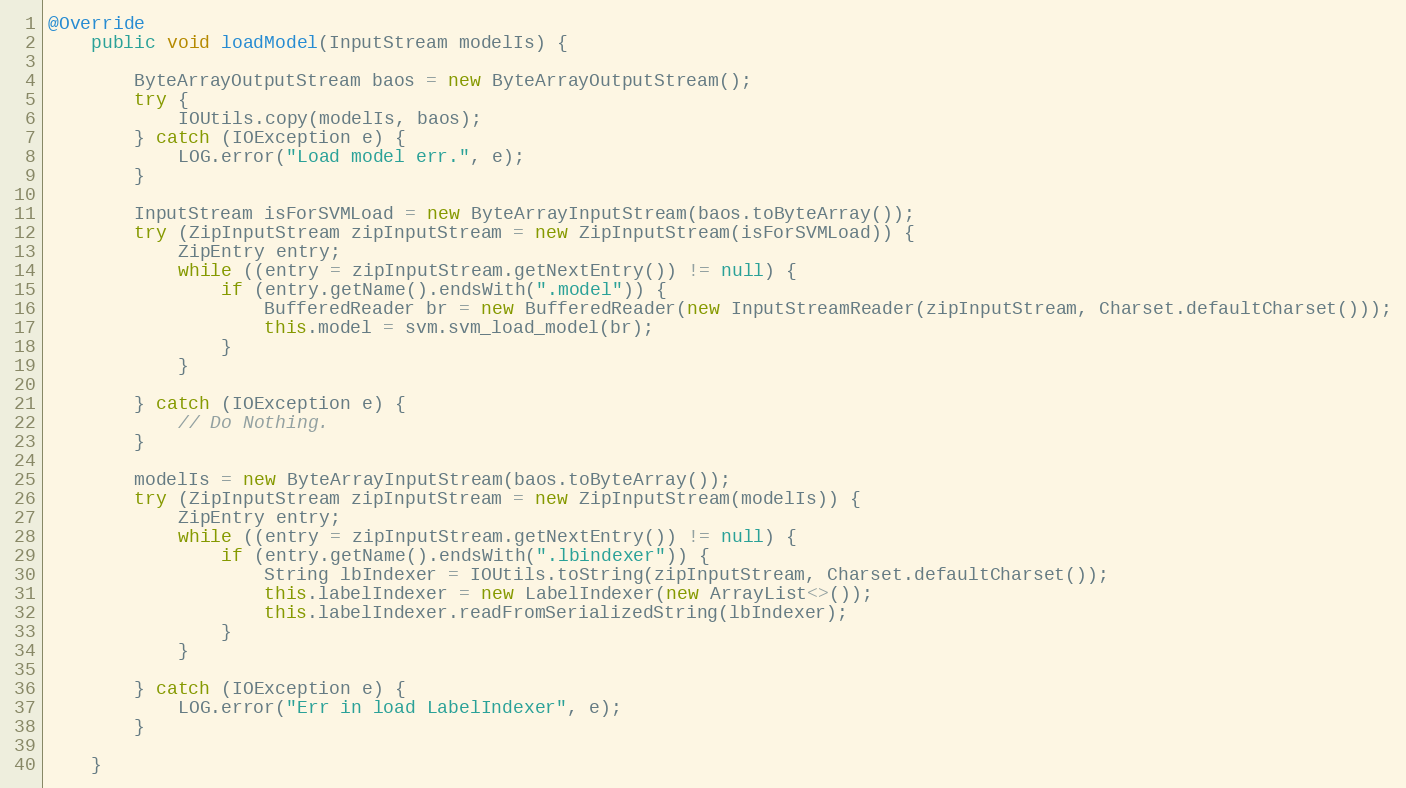
Language: Java
@Override
    public void loadModel(InputStream modelIs) {

        ByteArrayOutputStream baos = new ByteArrayOutputStream();
        try {
            IOUtils.copy(modelIs, baos);
        } catch (IOException e) {
            LOG.error("Load model err.", e);
        }

        InputStream isForSVMLoad = new ByteArrayInputStream(baos.toByteArray());
        try (ZipInputStream zipInputStream = new ZipInputStream(isForSVMLoad)) {
            ZipEntry entry;
            while ((entry = zipInputStream.getNextEntry()) != null) {
                if (entry.getName().endsWith(".model")) {
                    BufferedReader br = new BufferedReader(new InputStreamReader(zipInputStream, Charset.defaultCharset()));
                    this.model = svm.svm_load_model(br);
                }
            }

        } catch (IOException e) {
            // Do Nothing.
        }

        modelIs = new ByteArrayInputStream(baos.toByteArray());
        try (ZipInputStream zipInputStream = new ZipInputStream(modelIs)) {
            ZipEntry entry;
            while ((entry = zipInputStream.getNextEntry()) != null) {
                if (entry.getName().endsWith(".lbindexer")) {
                    String lbIndexer = IOUtils.toString(zipInputStream, Charset.defaultCharset());
                    this.labelIndexer = new LabelIndexer(new ArrayList<>());
                    this.labelIndexer.readFromSerializedString(lbIndexer);
                }
            }

        } catch (IOException e) {
            LOG.error("Err in load LabelIndexer", e);
        }

    }